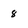
Character: 8